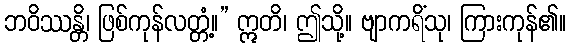
ဘဝိဿန္တိ၊ ဖြစ်ကုန်လတ္တံ့။” ဣတိ၊ ဤသို့။ ဗျာကရိံသု၊ ကြားကုန်၏။